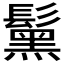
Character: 𩯗